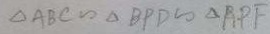
\Delta A B C \sim \Delta B P D \sim \Delta A P F